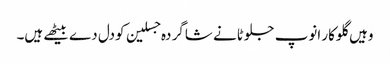
وہیں گلوکار انوپ جلوٹانے شاگر دہ جسلین کودل دے بیٹھے ہیں۔